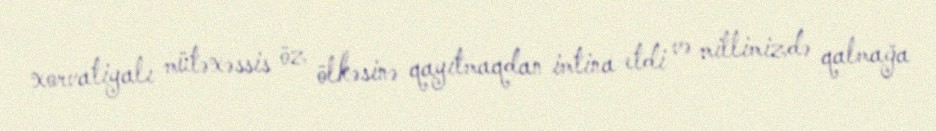
xorvatiyalı mütəxəssis öz ölkəsinə qayıtmaqdan imtina etdi və millimizdə qalmağa